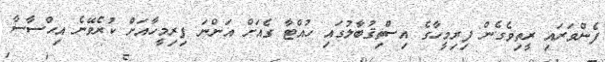
ފެންވަރައި ރީތިވެގެން ފިރިމީހާގެ އިސްތިޤުބާލުގައި ހުއްޓާ ގެއަށް އަންނަ ފިރިމީހާއަށް ކުރެވޭނެ އިޙްސާސާ